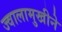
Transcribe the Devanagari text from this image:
ज्वालामुखीने